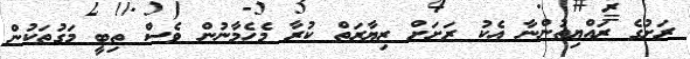
ރަށުގެ ރައްޔިތުންނާ އެކު ރަށަށް ޒިޔާރަތް ކުރާ މެހެމާނުން ވެސް ތިބީ މަގުތަކުން